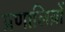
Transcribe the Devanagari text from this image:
प्रणालिय़ों